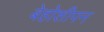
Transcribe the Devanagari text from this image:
बेहोशीपन